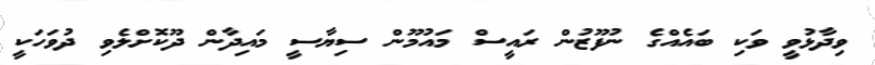
ވިދާޅުވީ ވަކި ބައެއްގެ ނުފޫޒުން ރައީސް މައުމޫން ސިޔާސީ މައިދާން ދޫކޮށްލެވި ދުވަހަކީ